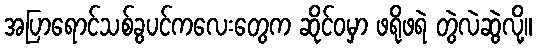
အပြာရောင်သစ်ခွပင်ကလေးတွေက ဆိုင်ဝမှာ ဖရိုဖရဲ တွဲလဲဆွဲလို့။